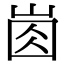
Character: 𡸋